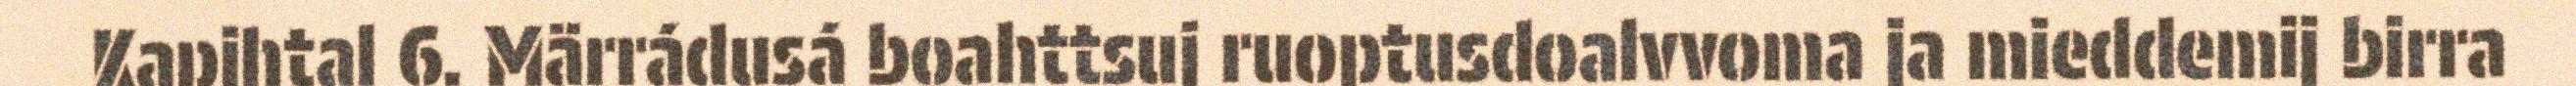
Kapihtal 6. Märrádusá boahttsuj ruoptusdoalvvoma ja mieddemij birra